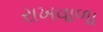
રાખવાળા